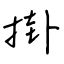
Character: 掛